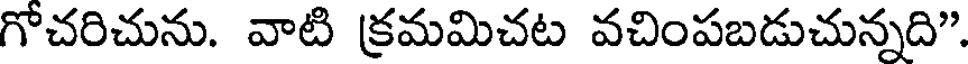
గోచరిచును. వాటి క్రమమిచట వచింపబడుచున్నది".